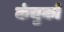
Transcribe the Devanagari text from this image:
कंचुकों